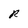
Character: R